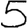
Digit: 5